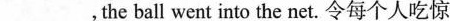
___，the ball went into the net.令每个人吃惊